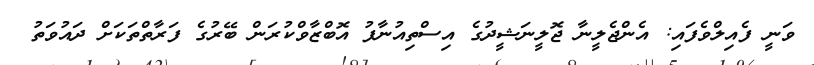
ވަނީ ފެއިލްވެފައި: އެންޖެލީނާ ޖޮލީނަޝީދުގެ އިސްތިއުނާފު އޮބްޒާވްކުރަން ބޭރުގެ ފަރާތްތަކަށް ދައުވަތު